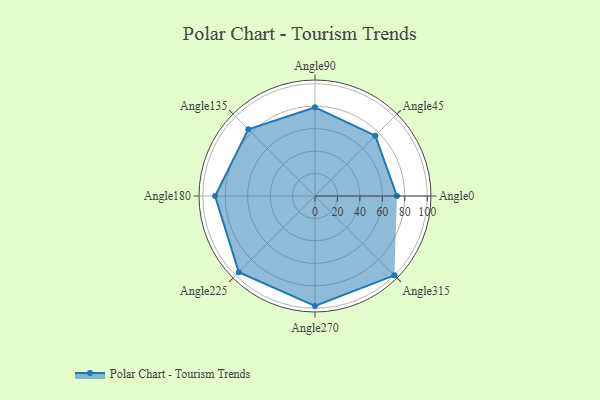
{"axis": {"x": "Angle", "y": "Radius"}, "legend": [""], "data": [{"x": "Angle0", "y": 73.0, "type": ""}, {"x": "Angle45", "y": 76.0, "type": ""}, {"x": "Angle90", "y": 79.0, "type": ""}, {"x": "Angle135", "y": 84.0, "type": ""}, {"x": "Angle180", "y": 89.0, "type": ""}, {"x": "Angle225", "y": 96.0, "type": ""}, {"x": "Angle270", "y": 98.0, "type": ""}, {"x": "Angle315", "y": 100.0, "type": ""}]}